Burma Government Medical School reports 1923-41
Year: 1923
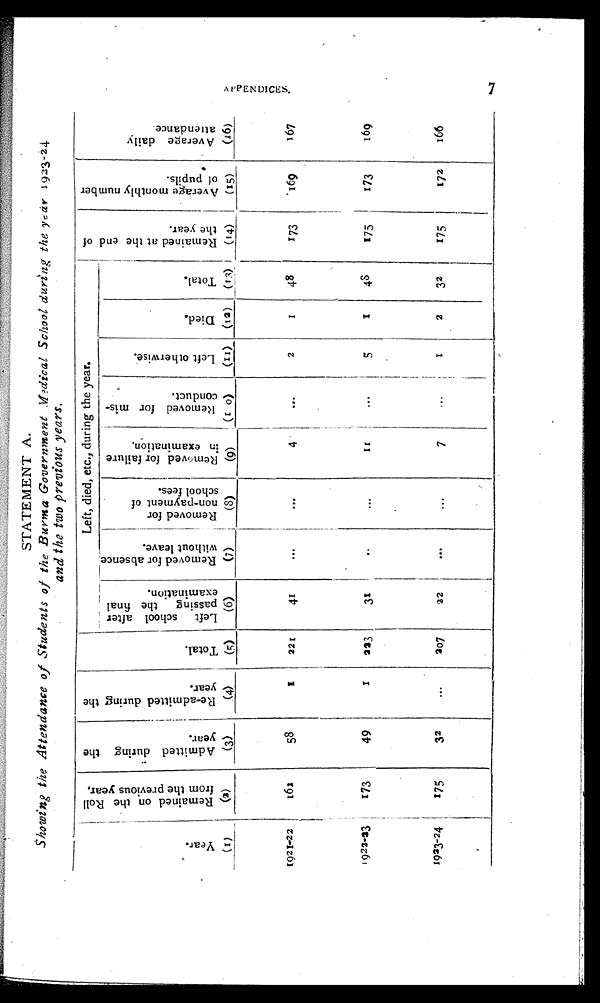
STATEMENT A.
Showing the Attendance of Students of the Burma Government Medical School during the year 1923-24.
a n d t h e t w o p r e v i o u s y e a r s .
Y e a r .
R e m a i n e d o n t h e R o l l f o r m t h e p r e v i o u s y e a r .
A d m i t t e d d u r i n g t h e y e a r .
R e - a d m i t t e d d u r i n g t h e y e a r .
T o t a l .
L e f t s c h o o l a f t e r p a s s i n g t h e f i n a l e x a mi n a t i o n .
Left, died, etc., during the year.
R e m a i n e d a t t h e e n d o f t h e y e a r .
A v e r a g e m o n t h l y n u m b e r o f p u p i l s .
A v e r a g e d a i l y a t t e n d a n c e .
R e m o v e d f o r a b s e n c e w i t h o u t l e a v e .
R e m o v e d f o r n o n - p a y m e n t o f s c h o o l f e e s .
R e m o v e d f o r f a i l u r e i n e x a m i n a t i o n .
R e mo v e d f o r mi s - c o n d u c t .
L e f t o t h e r w i s e .
D i e d .
T o t a l .
( 1 )
( 2 )
(3)
(4)
(5)
(6)
(7)
(8)
(9)
(10)
(11) (12) (13)
(14)
(15)
(16)
1921-22
162
58
1
221
41
. . .
. . .
4
. . .
2
1
48
173
169
167
1922-23 .
173
49
1
223
31
. . .
. . .
1 1
. . .
5
1
48
175
173
169
1923-24
175
32
. . .
207
22
. . .
. . .
7
...
1
2
32
175
172
166
7